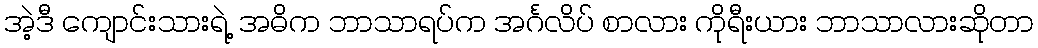
အဲ့ဒီ ကျောင်းသားရဲ့ အဓိက ဘာသာရပ်က အင်္ဂလိပ် စာလား ကိုရီးယား ဘာသာလားဆိုတာ